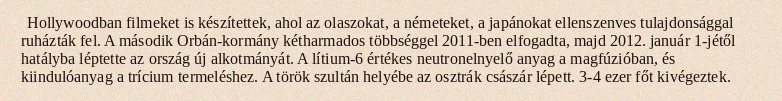
Hollywoodban filmeket is készítettek, ahol az olaszokat, a németeket, a japánokat ellenszenves tulajdonsággal ruházták fel. A második Orbán-kormány kétharmados többséggel 2011-ben elfogadta, majd 2012. január 1-jétől hatályba léptette az ország új alkotmányát. A lítium-6 értékes neutronelnyelő anyag a magfúzióban, és kiindulóanyag a trícium termeléshez. A török szultán helyébe az osztrák császár lépett. 3-4 ezer főt kivégeztek.